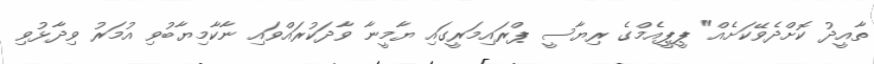
ތާއީދު ކޮށްދެވޭކަށެއް" ޕީޕީއެމްގެ ރިޔާސީ ޕްރައިމަރީގައި ޔާމީނާ ވާދަކުރައްވައި ނާކާމިޔާބުވި އުމަރު ވިދާޅުވި